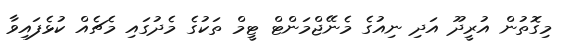
މިގޮތުން އުރީދޫ އަދި ނިއުގެ މެނޭޖްމަންޓް ޓީމް ތަކުގެ މެދުގައި މެޗެއް ކުޅެފައިވާ